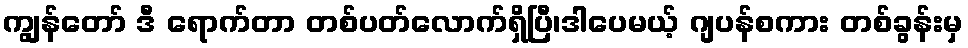
ကျွန်တော် ဒီ ရောက်တာ တစ်ပတ်လောက်ရှိပြီ၊ဒါပေမယ့် ဂျပန်စကား တစ်ခွန်းမှ